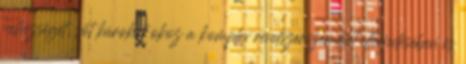
nehézséget, sőt károkat okoz a komplex rendszerszemlélet elterjedésében és